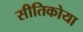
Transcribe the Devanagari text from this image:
सीतिकोया